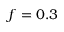
f = 0 . 3